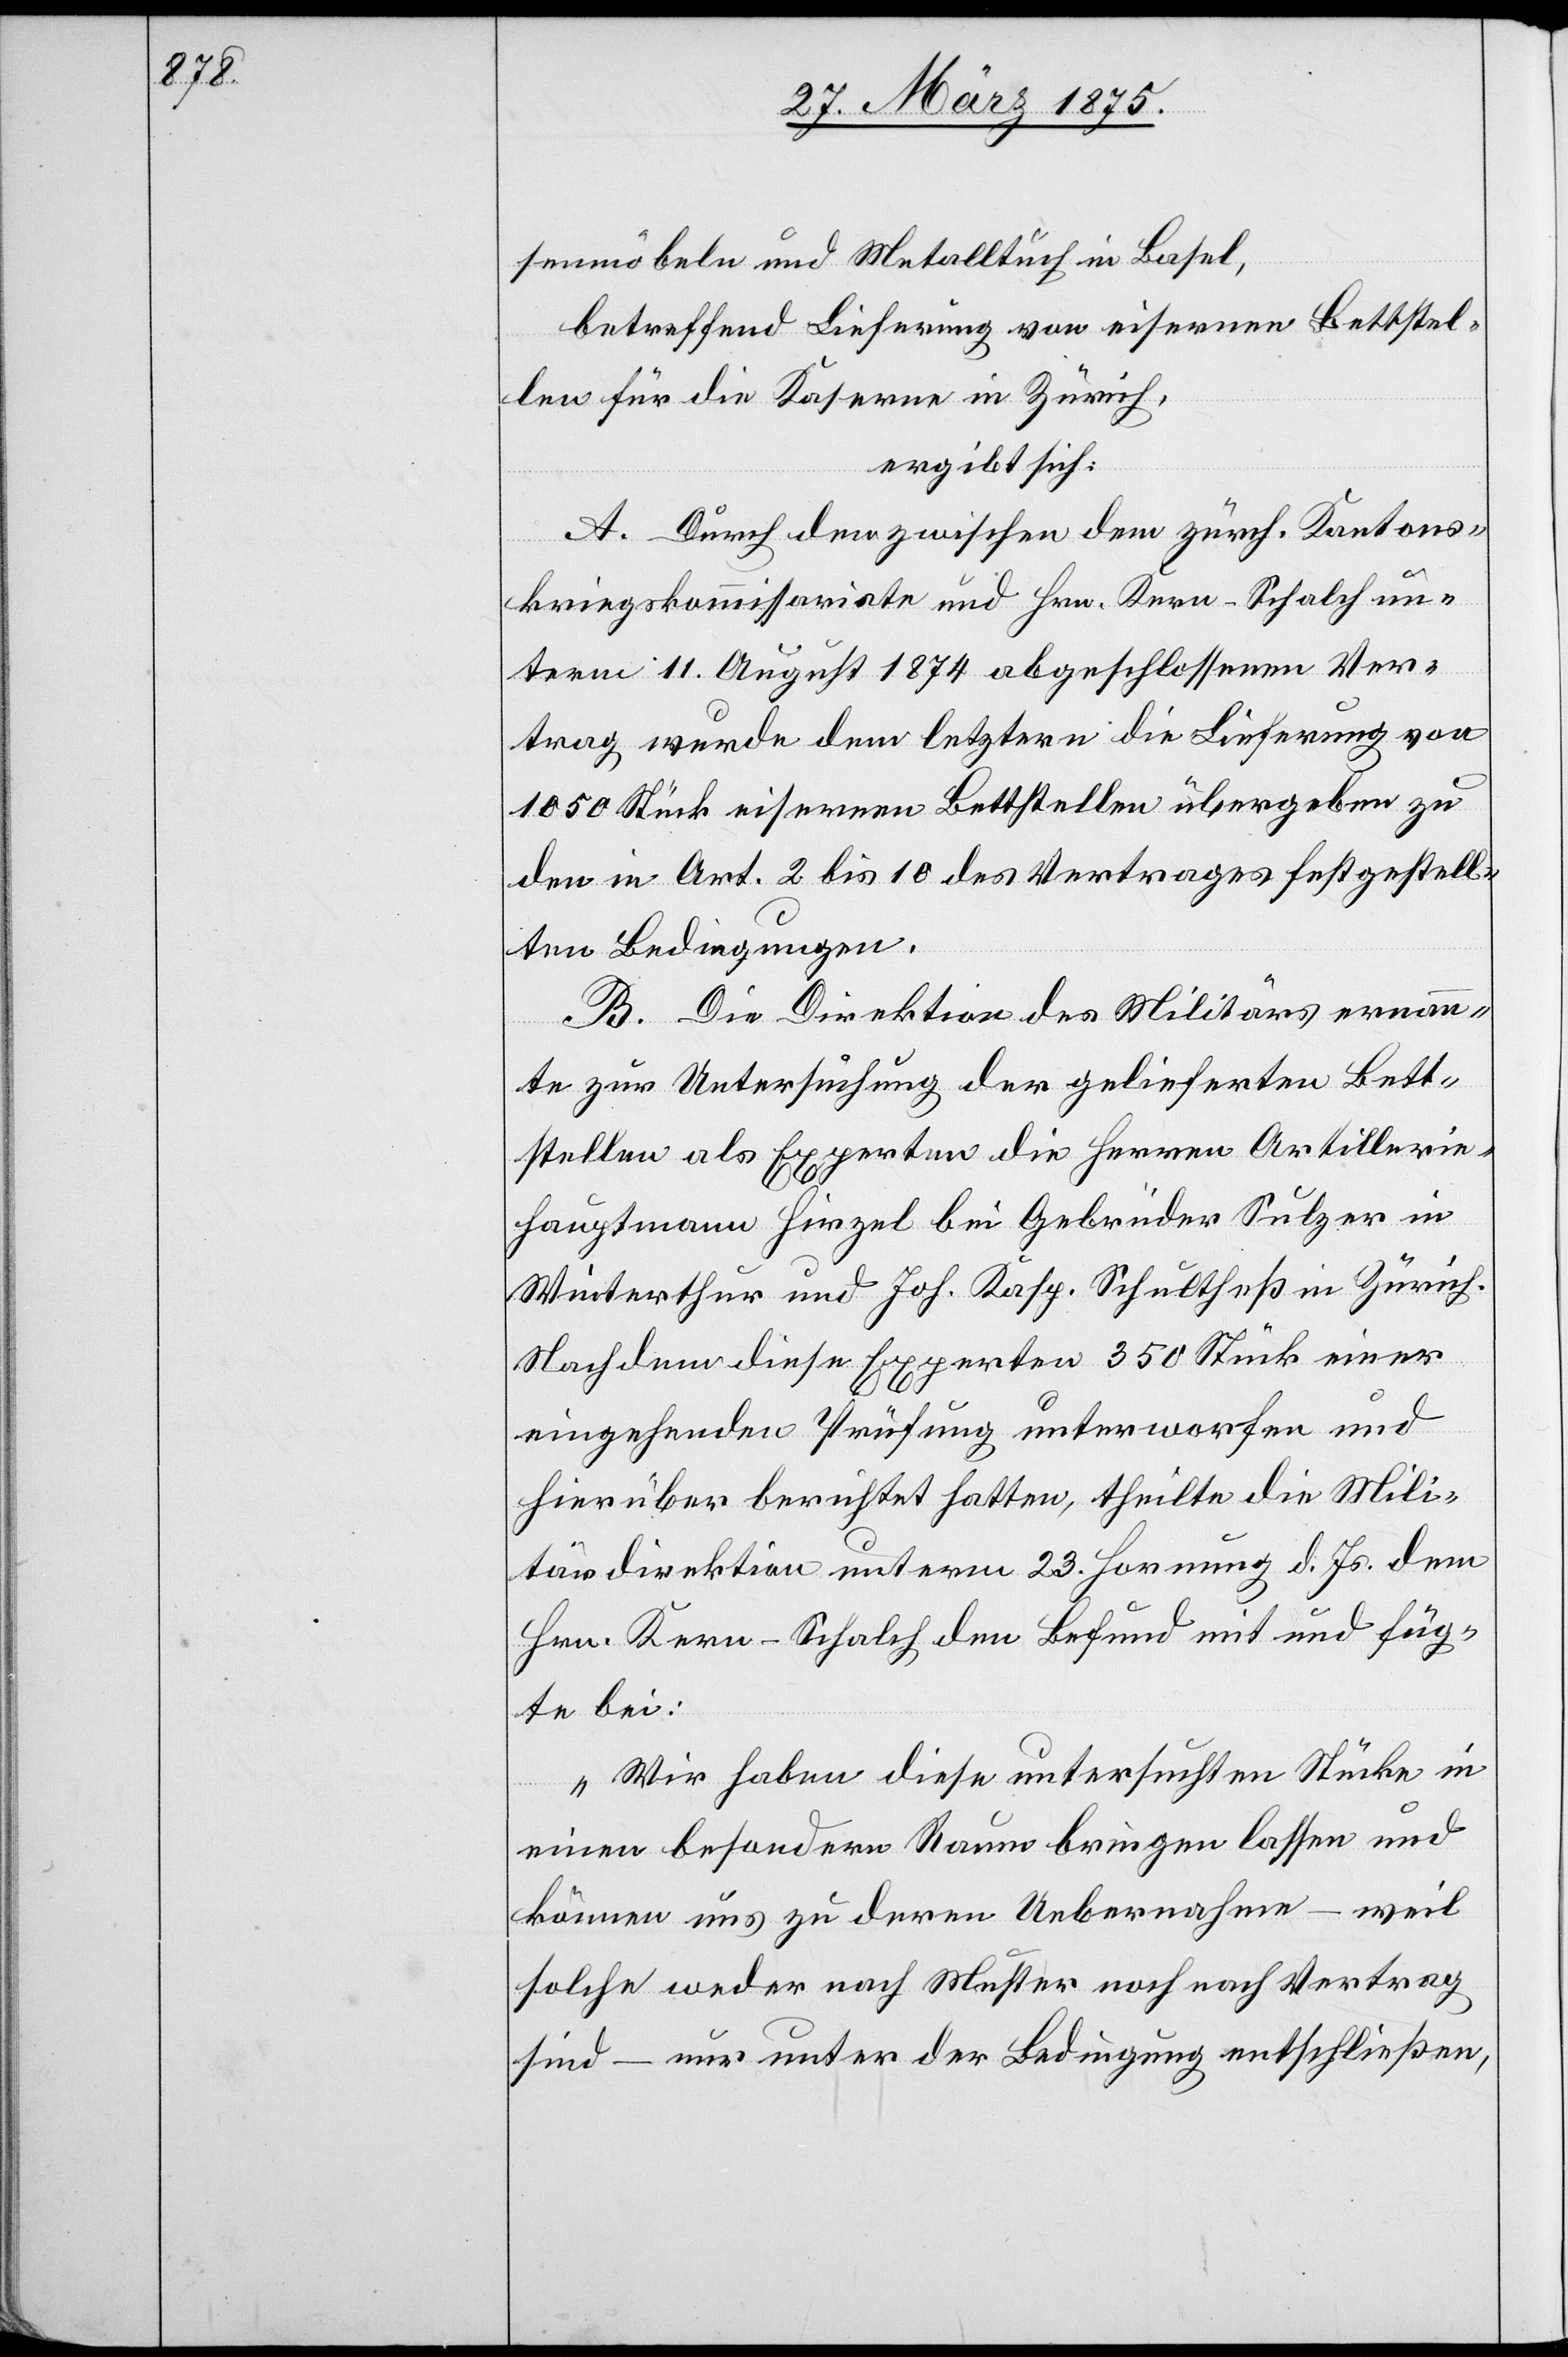
senmöbeln und Metalltuch in Basel,
betreffend Lieferung von eisernen Bettstel¬
len für die Kaserne in Zürich,
ergibt sich:
A. Durch den zwischen dem zürch. Kantons¬
kriegskommissariate und Hrn. Kern-Schalch un¬
term 11. August 1874 abgeschlossenen Ver¬
trag wurde dem letzern die Lieferung von
1050 Stück eisernen Bettstellen übergeben zu
den in Art. 2 bis 10 des Vertrages festgestell¬
ten Bedingung.
B. Die Direktion des Militärs ernann¬
te zur Untersuchung der gelieferten Bett¬
stellen als Experten die Herren Artillerie¬
hauptmann Hirzel bei Gebrüder Sulzer in
Winterthur und Joh. Schultheß in Zürich.
Nachdem diese Experten 350 Stück einer
eingehenden Prüfung unterworfen und
hierüber berichtet hatten, theilte die Mili¬
tärdirektion unterm 23. Hornung d. Js. dem
Hrn. Kern-Schalch den Befund mit und füg¬
te bei:
„Wir haben diese untersuchten Stücke in
einen besonderen Raum bringen lassen und
können uns zu deren Uebernahme – weil
solche weder nach Muster noch nach Vertrag
sind – nur unter der Bedingung entschließen,